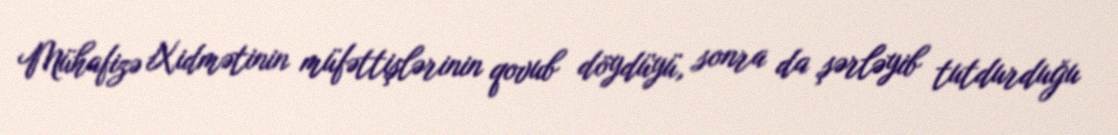
Mühafizə Xidmətinin müfəttişlərinin qovub döydüyü, sonra da şərləyib tutdurduğu